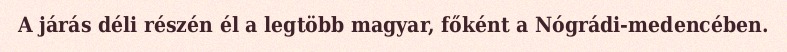
A járás déli részén él a legtöbb magyar, főként a Nógrádi-medencében.